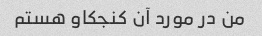
من در مورد آن کنجکاو هستم